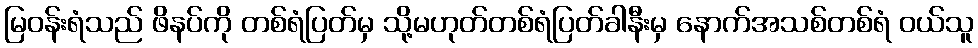
မြဝန်းရံသည် ဖိနပ်ကို တစ်ရံပြတ်မှ သို့မဟုတ်တစ်ရံပြတ်ခါနီးမှ နောက်အသစ်တစ်ရံ ဝယ်သူ